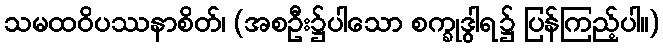
သမထဝိပဿနာစိတ်၊ (အစဦး၌ပါသော စက္ခုဒွါရ၌ ပြန်ကြည့်ပါ။)